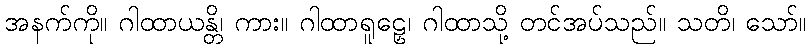
အနက်ကို။ ဂါထာယန္တိ၊ ကား။ ဂါထာရူဠှေ၊ ဂါထာသို့ တင်အပ်သည်။ သတိ၊ သော်။